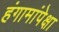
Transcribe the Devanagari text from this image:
हंगामांपेक्षा